Scottish Leaving Certificate Examination, 1961
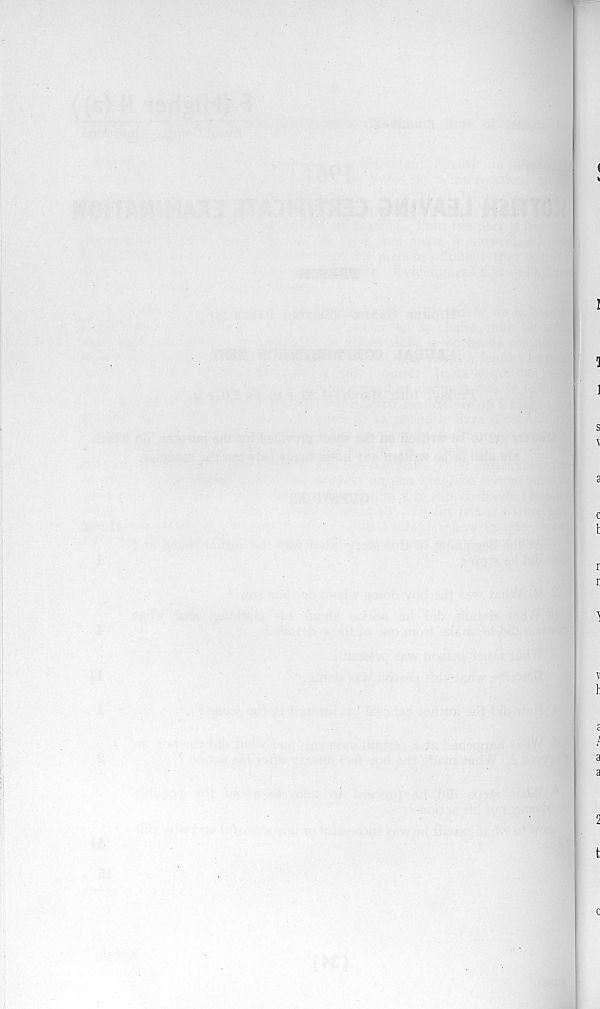
i
l
]
1
s
Y
a
c
t
r
r
1
v
I
a
1
a
fc
c